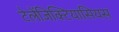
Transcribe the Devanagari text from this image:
टेलेंजिक्टियासियस